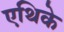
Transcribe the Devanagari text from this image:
एथिके